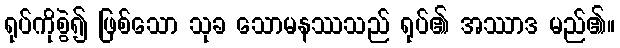
ရုပ်ကိုစွဲ၍ ဖြစ်သော သုခ သောမနဿသည် ရုပ်၏ အဿာဒ မည်၏။